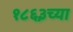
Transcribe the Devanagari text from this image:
१८६३च्या